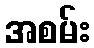
အစမ်း